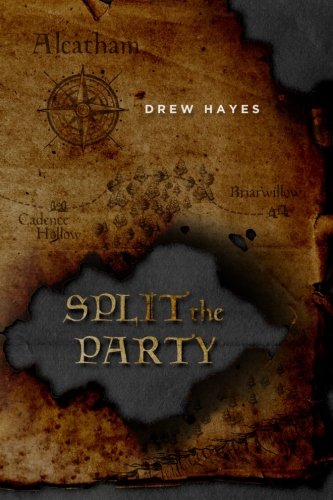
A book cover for Split the Party (Spells, Swords, & Stealth) (Volume 2); Drew Hayes; Science Fiction & Fantasy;